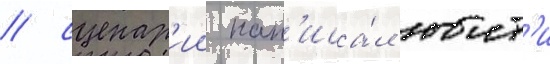
/ сценар'ии нап'иса́л юит'и